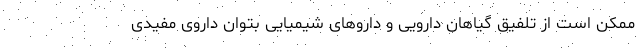
ممکن است از تلفیق گیاهان دارویی و داروهای شیمیایی بتوان داروی مفیدی